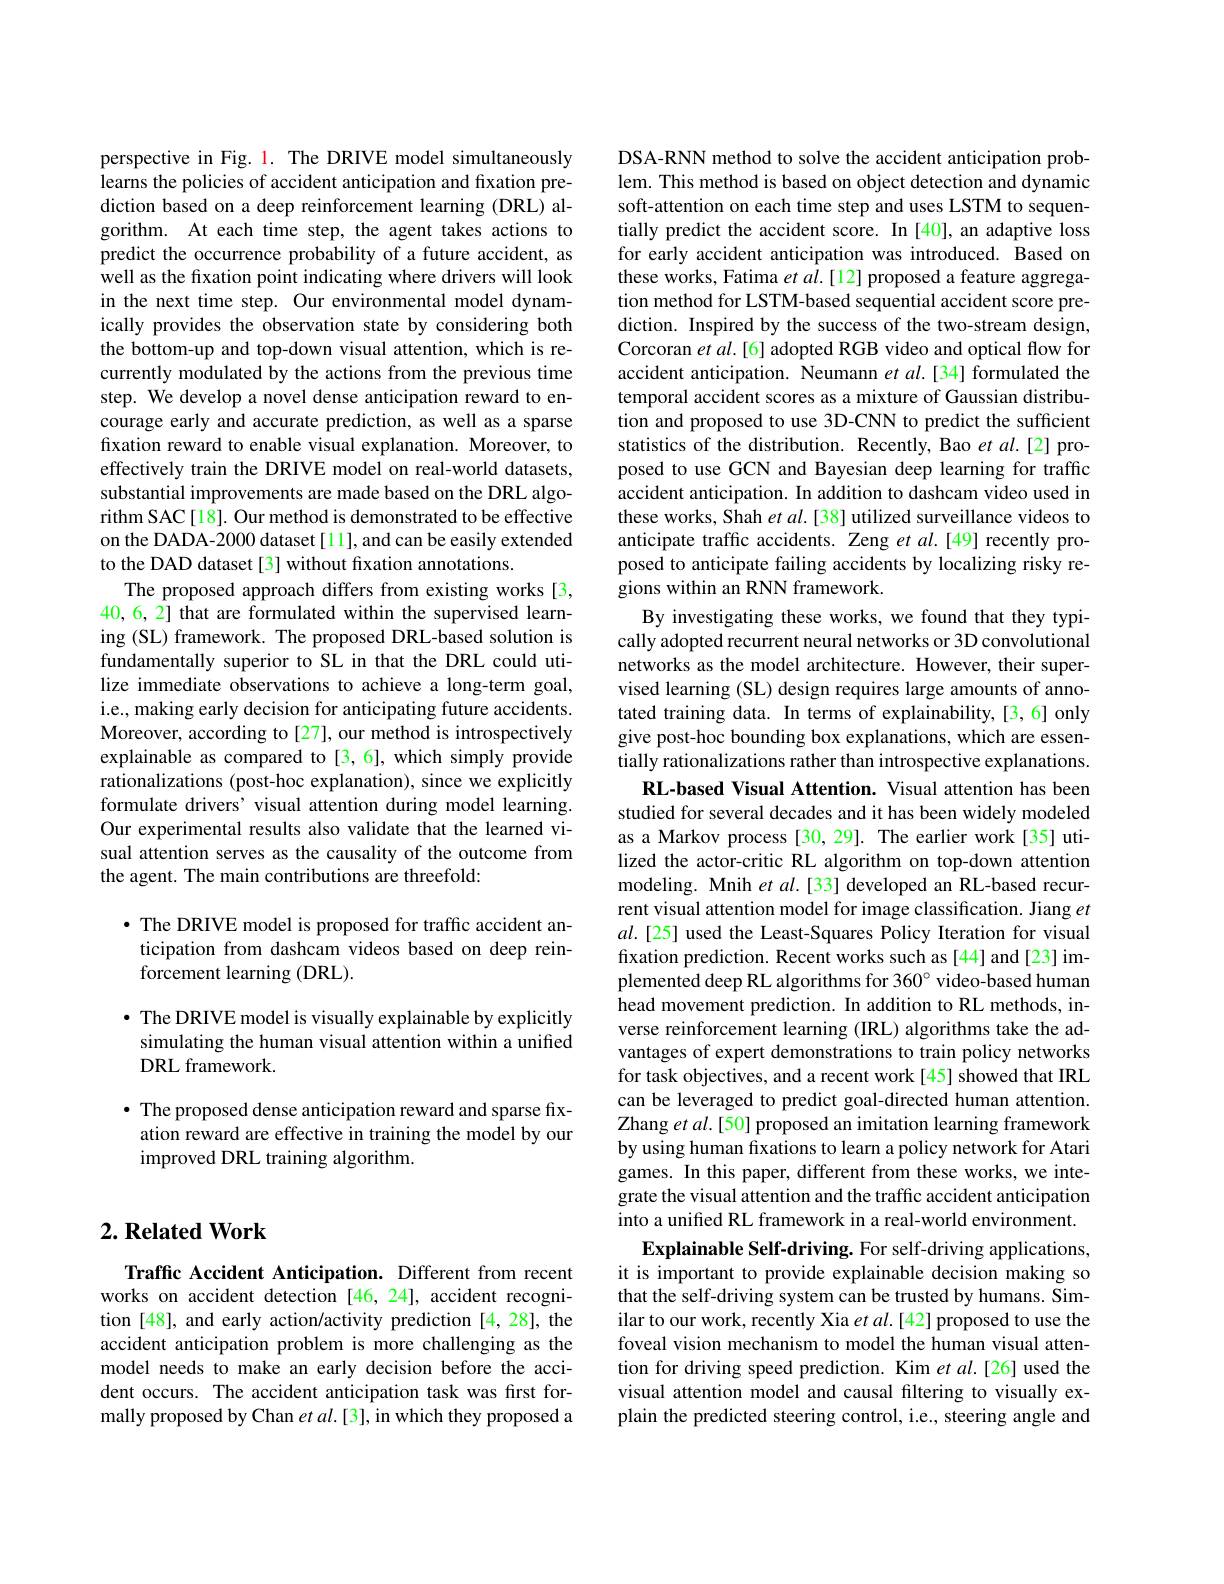
## $2. \textbf{Related Work}$

Traffic Accident Anticipation. Different from recent works on accident detection [46,24], accident recognition [48], and early action/activity prediction [4,28], the accident anticipation problem is more challenging as the model needs to make an early decision before the accident occurs. The accident anticipation task was first formally proposed by Chan $etal.[3]$, in which they proposed a

perspective in Fig. 1. The DRIVE model simultaneously learns the policies of accident anticipation and fixation prediction based on a deep reinforcement learning (DRL) algorithm. At each time step, the agent takes actions to predict the occurrence probability of a future accident, as well as the fixation point indicating where drivers will look in the next time step. Our environmental model dynamically provides the observation state by considering both the bottom-up and top-down visual attention, which is recurrently modulated by the actions from the previous time step. We develop a novel dense anticipation reward to encourage early and accurate prediction, as well as a sparse fixation reward to enable visual explanation. Moreover, to effectively train the DRIVE model on real-world datasets, substantial improvements are made based on the DRL algorithm SAC[18]. Our method is demonstrated to be effective on the DADA-2000 dataset[11], and can be easily extended to the DAD dataset [3] without fixation annotations.
The proposed approach differs from existing works [3, 40, 6, 2] that are formulated within the supervised learning (SL) framework. The proposed DRL-based solution is fundamentally superior to SL in that the DRL could utilize immediate observations to achieve a long-term goal, i.e., making early decision for anticipating future accidents. Moreover, according to[27], our method is introspectively explainable as compared to [3,6], which simply provide rationalizations (post-hoc explanation), since we explicitly formulate drivers' visual attention during model learning. Our experimental results also validate that the learned visual attention serves as the causality of the outcome from the agent. The main contributions are threefold:

$\bullet$ The DRIVE model is proposed for traffic accident anticipation from dashcam videos based on deep reinforcement learning (DRL).

· The DRIVE model is visually explainable by explicitly simulating the human visual attention within a unified DRL framework.

$\bullet$ The proposed dense anticipation reward and sparse fixation reward are effective in training the model by our improved DRL training algorithm.

DSA-RNN method to solve the accident anticipation problem. This method is based on object detection and dynamic soft-attention on each time step and uses LSTM to sequentially predict the accident score. In [40], an adaptive loss for early accident anticipation was introduced. Based on these works, Fatima $et\textit{al. [ 12] proposed a feature aggrega- }$ tion method for LSTM-based sequential accident score prediction. Inspired by the success of the two-stream design, Corcoran et $al.[6]$ adopted RGB video and optical flow for accident anticipation. Neumann $et\textit{al. [ 34] formulated the}$ temporal accident scores as a mixture of Gaussian distribution and proposed to use 3D-CNN to predict the sufficient statistics of the distribution. Recently, Bao et al.[2] proposed to use GCN and Bayesian deep learning for traffic accident anticipation. In addition to dashcam video used in these works, Shah $etal.[38]$ utilized surveillance videos to anticipate traffic accidents. Zeng et $al.[49]$ recently proposed to anticipate failing accidents by localizing risky regions within an RNN framework.
By investigating these works, we found that they typically adopted recurrent neural networks or 3D convolutional networks as the model architecture. However, their supervised learning (SL) design requires large amounts of annotated training data. In terms of explainability,[3,6] only give post-hoc bounding box explanations, which are essentially rationalizations rather than introspective explanations.
RL-based Visual Attention. Visual attention has been studied for several decades and it has been widely modeled as a Markov process [30, 29]. The earlier work[35] utilized the actor-critic RL algorithm on top-down attention modeling. Mnih $etal.[33]$ developed an RL-based recurrent visual attention model for image classification. Jiang $et$ $al.[25]$ used the Least-Squares Policy Iteration for visual fixation prediction. Recent works such as [44] and [23] implemented deep RL algorithms for 360° video-based human head movement prediction. In addition to RL methods, inverse reinforcement learning (IRL) algorithms take the advantages of expert demonstrations to train policy networks for task objectives, and a recent work[45] showed that IRL can be leveraged to predict goal-directed human attention. Zhang et al.[50] proposed an imitation learning framework by using human fixations to learn a policy network for Atari games. In this paper, different from these works, we integrate the visual attention and the traffic accident anticipation into a unifed RL framework in a real-world environment.
Explainable Self-driving. For self-driving applications, it is important to provide explainable decision making so that the self-driving system can be trusted by humans. Similar to our work, recently Xia et $al.[42]$ proposed to use the foveal vision mechanism to model the human visual attention for driving speed prediction. Kim et al.[26] used the visual attention model and causal filtering to visually explain the predicted steering control, i.e., steering angle and